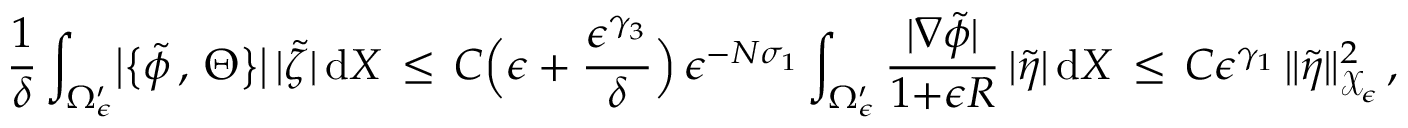
\frac { 1 } { \delta } \int _ { \Omega _ { \epsilon } ^ { \prime } } \bigl | \bigl \{ \tilde { \phi } \, , \, \Theta \bigr \} \bigr | \, | \tilde { \zeta } | \, \mathrm { d } X \, \le \, C \Bigl ( \epsilon + \frac { \epsilon ^ { \gamma _ { 3 } } } { \delta } \Bigr ) \, \epsilon ^ { - N \sigma _ { 1 } } \int _ { \Omega _ { \epsilon } ^ { \prime } } \frac { | \nabla \tilde { \phi } | } { 1 { + } \epsilon R } \, | \tilde { \eta } | \, \mathrm { d } X \, \le \, C \epsilon ^ { \gamma _ { 1 } } \, \| \tilde { \eta } \| _ { \mathcal { X } _ { \epsilon } } ^ { 2 } \, ,